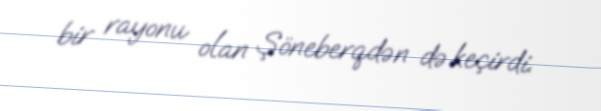
bir rayonu olan Şöneberqdən də keçirdi.